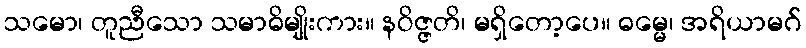
သမော၊ တူညီသော သမာဓိမျိုးကား။ နဝိဇ္ဇတိ၊ မရှိတော့ပေ။ ဓမ္မေ၊ အရိယာမဂ်